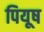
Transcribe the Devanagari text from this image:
पियूष